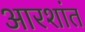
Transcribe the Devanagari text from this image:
आरशांत